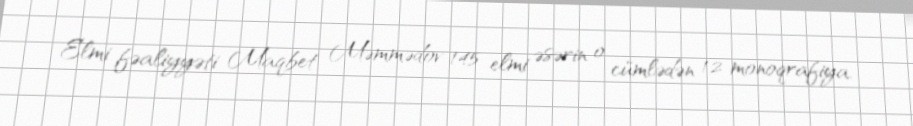
Elmi fəaliyyəti Maqbet Məmmədov 145 elmi əsərin o cümlədən 12 monoqrafiya,